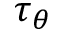
\tau _ { \theta }